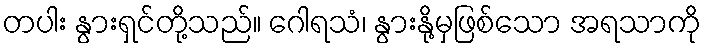
တပါး နွားရှင်တို့သည်။ ဂေါရသံ၊ နွားနို့မှဖြစ်သော အရသာကို